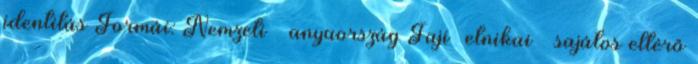
identitás Formái: Nemzeti → anyaország Faji etnikai → sajátos eltérő